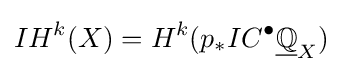
IH^{k}(X)=H^{k}(p_{*}IC^{\bullet }{\underline {\mathbb {Q} }}_{X})